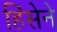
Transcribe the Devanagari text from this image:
हिंसेने